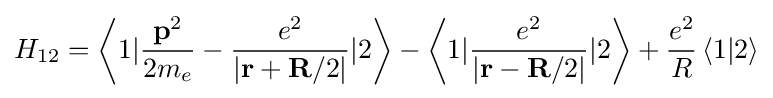
{{H}_{12}}=\left\langle 1|{\frac {{\mathbf {p} }^{2}}{2{{m}_{e}}}}-{\frac {{e}^{2}}{\left|\mathbf {r} +\mathbf {R} /2\right|}}|2\right\rangle -\left\langle 1|{\frac {{e}^{2}}{\left|\mathbf {r} -\mathbf {R} /2\right|}}|2\right\rangle +{\frac {{e}^{2}}{R}}\left\langle 1|2\right\rangle